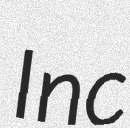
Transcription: Inc